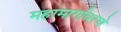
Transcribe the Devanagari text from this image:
महामार्गावरचे